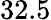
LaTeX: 32.5